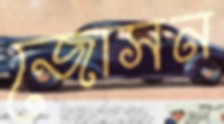
জোসন